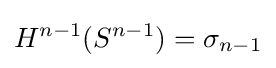
H^{n-1}(S^{n-1})=\sigma _{n-1}